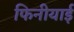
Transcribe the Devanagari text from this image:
फिनीयाई